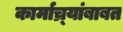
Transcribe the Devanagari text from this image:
कार्माच्र्यांबाबत